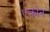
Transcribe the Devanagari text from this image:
एक्रोन